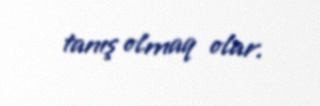
tanış olmaq olar.